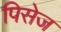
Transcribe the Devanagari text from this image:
पिसेज